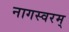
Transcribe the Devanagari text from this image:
नागस्वरम्